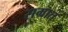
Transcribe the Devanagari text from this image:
सम्रात्